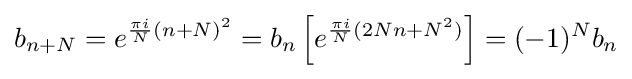
b_{n+N}=e^{{\frac {\pi i}{N}}(n+N)^{2}}=b_{n}\left[e^{{\frac {\pi i}{N}}(2Nn+N^{2})}\right]=(-1)^{N}b_{n}